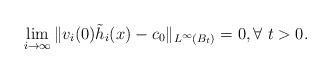
LaTeX: \begin{align*}\lim_{i\to \infty}\|v_i(0)\tilde h_i(x)-c_0\|_{L^\infty(B_t)} =0, \forall~t>0.\end{align*}